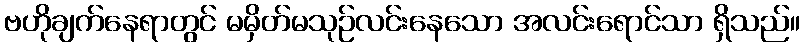
ဗဟိုချက်နေရာတွင် မမှိတ်မသုဉ်လင်းနေသော အလင်းရောင်သာ ရှိသည်။